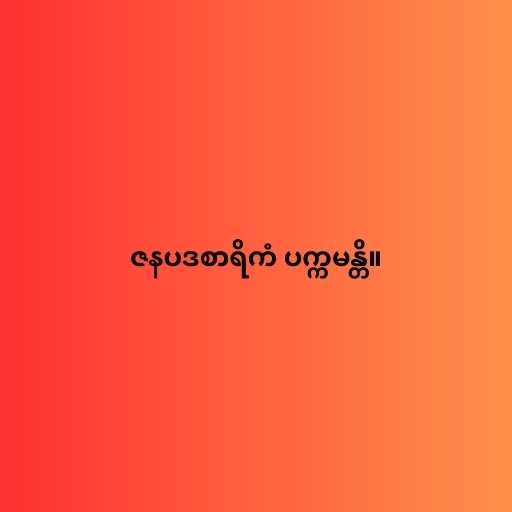
ဇနပဒစာရိကံ ပက္ကမန္တိ။